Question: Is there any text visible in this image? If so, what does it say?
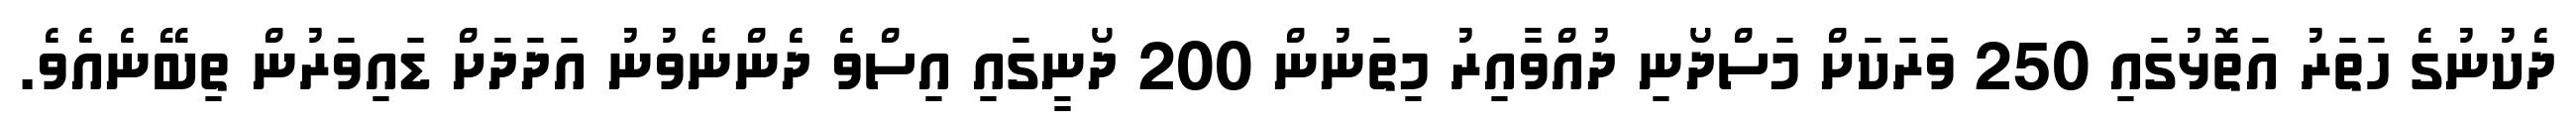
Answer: ދެކުނުގެ ހަތަރު އަތޮޅުގައި 250 ވަރަކަށް މަސްދޯނި ދުއްވާއިރު މިތަނުން 200 ދޯނީގައި އިސްވެ ދެންނެވުނު އަދަދަށް ޑައިވަރުން ތިބޭނެއެވެ.